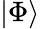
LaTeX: \left|\Phi\right>